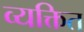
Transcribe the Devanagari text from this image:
व्यक्तित